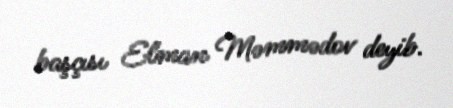
başçısı Elman Məmmədov deyib.